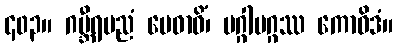
၄၀၃။ ဂမ္ဘီရပညံ မေဓာဝိံ၊ မဂ္ဂါမဂ္ဂဿ ကောဝိဒံ။